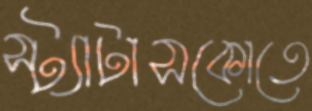
স্ট্যাটাসকোতে